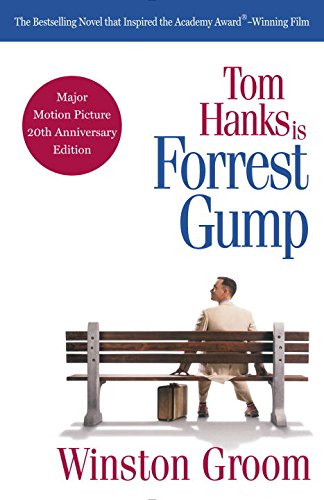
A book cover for Forrest Gump; Winston Groom; Literature & Fiction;